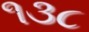
૧૩૮